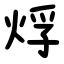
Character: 烰